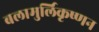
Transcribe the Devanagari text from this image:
बलामुर्लिकृष्णन